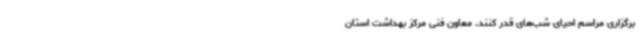
برگزاری مراسم احیای شب‌های قدر کنند. معاون فنی مرکز بهداشت استان